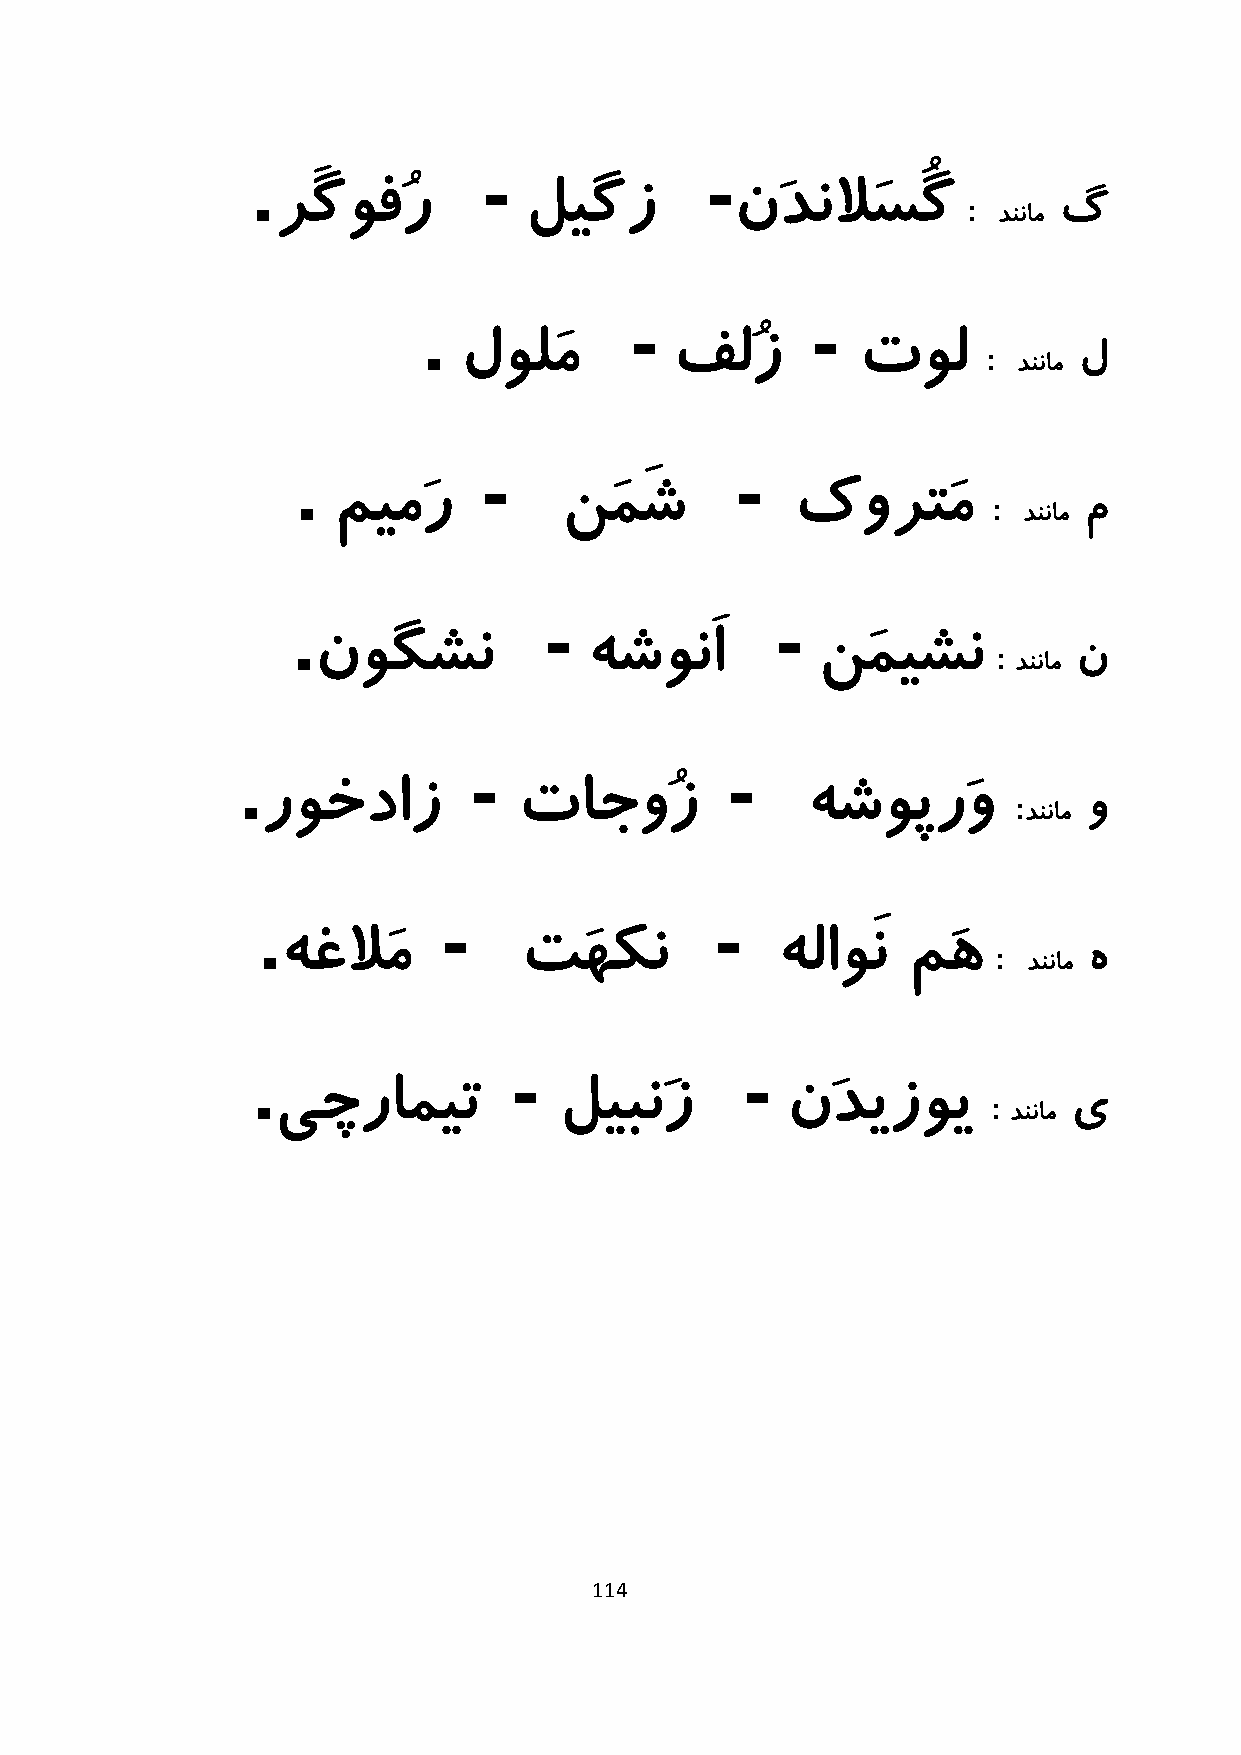
.              -              -
 رَگوفُر          لیگز          نَدنلاَسُگ     :     گ
 دننام
 .             -           -
 لولَم          فلُز        تول     :     ل
 دننام
 .           -                -
 میمَر          نَمَش           کورتَم       :     م
 دننام
 .                -              -
 نوگشن             هشونَا         نَمیشن      :    ن
 دننام
 .              -                -
 روخداز           تاجوُز             هشوپرَو       :    و
 دننام
 .           -                 -
 هغلاَم         تَهکن            هلاوَن   مَه   :     ه
 دننام
 .                -              -
 یچرامیت            لیبنَز         نَدیزوی       :    ى
 دننام
 114